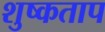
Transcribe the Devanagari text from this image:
शुष्कताप